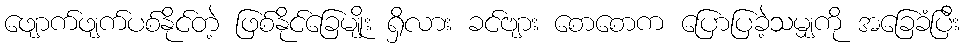
ဖျောက်ဖျက်ပစ်နိုင်တဲ့ ဖြစ်နိုင်ခြေမျိုး ရှိလား ခင်ဗျား စောစောက ပြောပြခဲ့သမျှကို အခြေခံပြီး